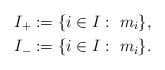
LaTeX: \begin{align*}&I_+:=\{i\in I:\ m_i \},\\&I_-:=\{i\in I:\ m_i \}.\end{align*}